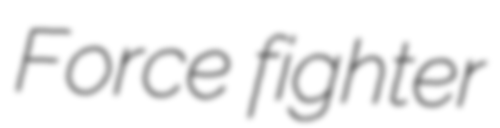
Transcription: Force fighter